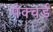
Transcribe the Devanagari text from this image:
पंक्चर्ड